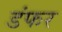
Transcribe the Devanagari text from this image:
डंफर